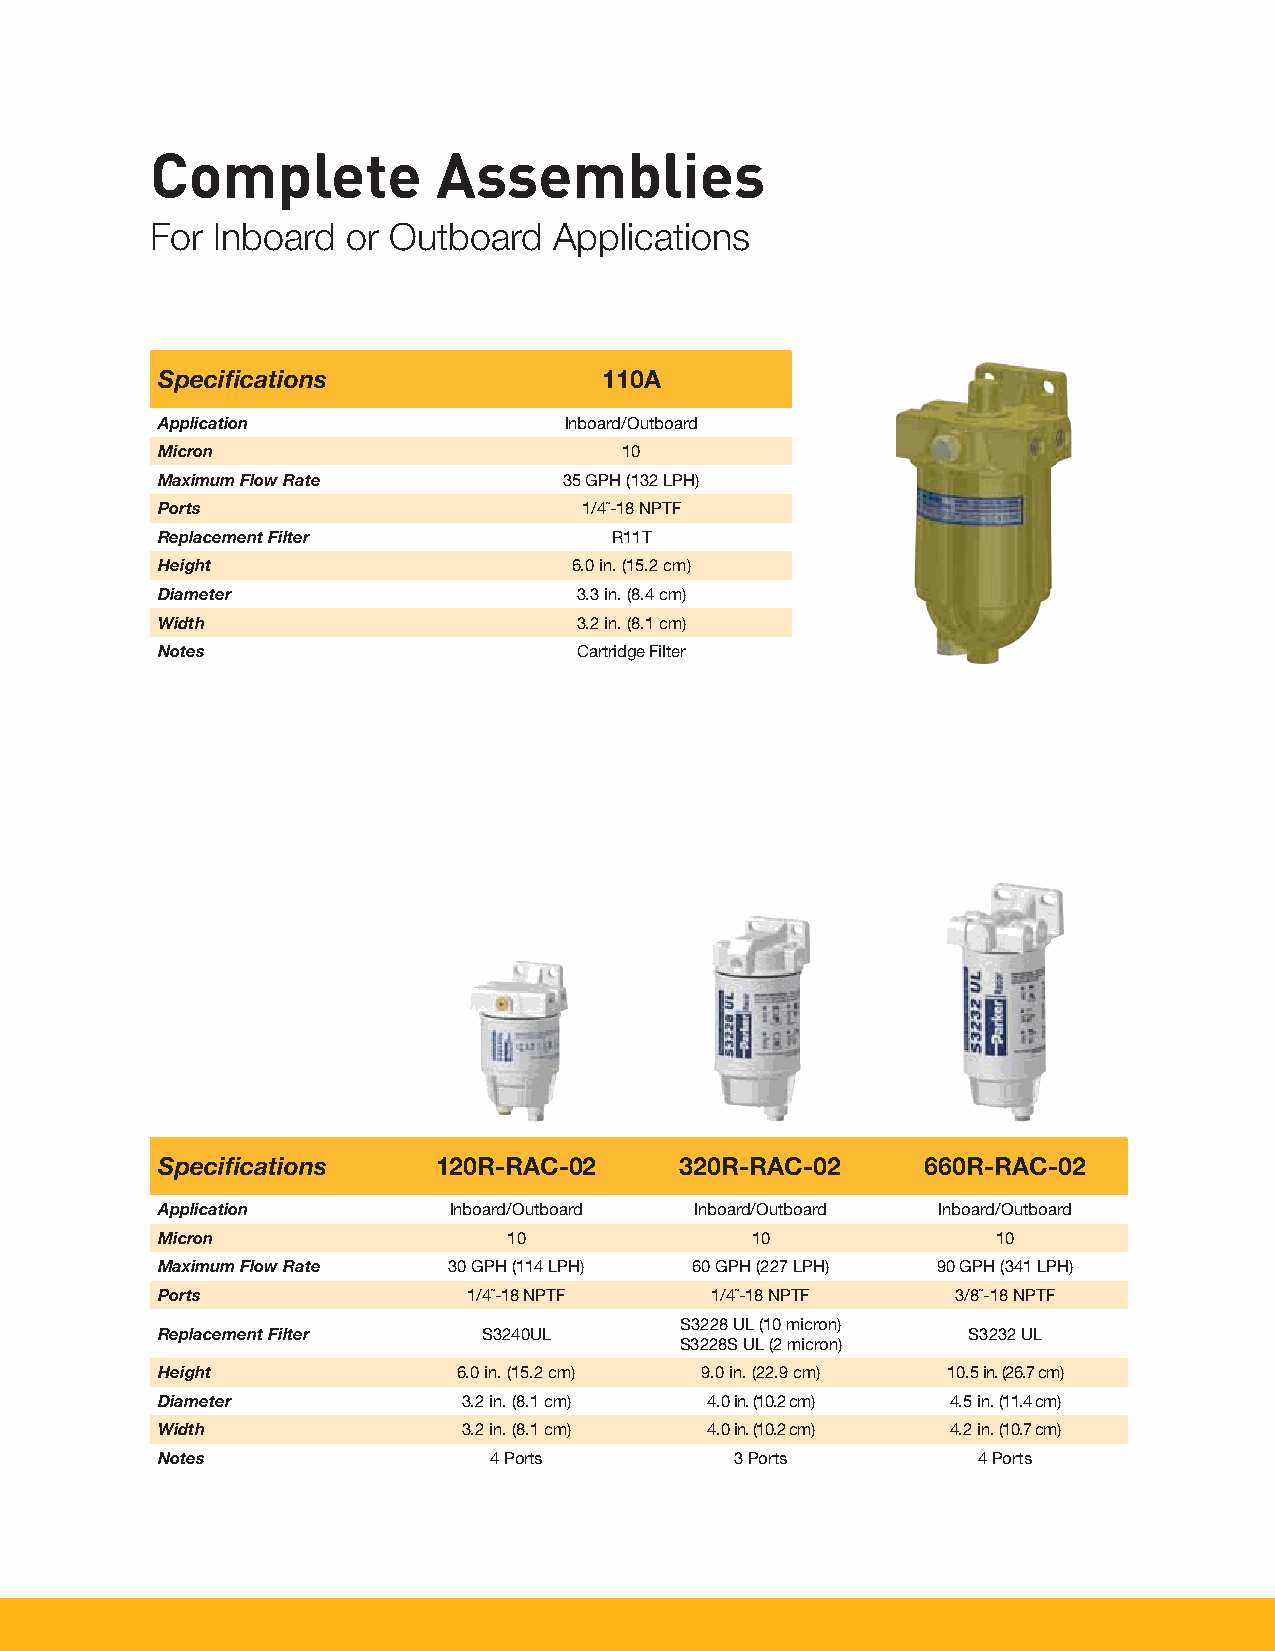
Complete           Assemblies
 For Inboard  or Outboard   Applications
 Specifications                110A
 Application                Inboard/Outboard
 Micron                         10
 Maximum Flow Rate          35 GPH (132 LPH)
 Ports                        1/4˝-18 NPTF
 Replacement Filter            R11T
 Height                      6.0 in. (15.2 cm)
 Diameter                    3.3 in. (8.4 cm)
 Width                       3.2 in. (8.1 cm)
 Notes                       Cartridge Filter
 Specifications     120R-RAC-02     320R-RAC-02     660R-RAC-02
 Application         Inboard/Outboard Inboard/Outboard Inboard/Outboard
 Micron                  10              10              10
 Maximum Flow Rate   30 GPH (114 LPH) 60 GPH (227 LPH) 90 GPH (341 LPH)
 Ports                1/4˝-18 NPTF    1/4˝-18 NPTF    3/8˝-18 NPTF
 S3228 UL (10 micron)
 Replacement Filter    S3240UL                         S3232 UL
 S3228S UL (2 micron)
 Height              6.0 in. (15.2 cm) 9.0 in. (22.9 cm) 10.5 in. (26.7 cm)
 Diameter             3.2 in. (8.1 cm) 4.0 in. (10.2 cm) 4.5 in. (11.4 cm)
 Width                3.2 in. (8.1 cm) 4.0 in. (10.2 cm) 4.2 in. (10.7 cm)
 Notes                 4 Ports          3 Ports         4 Ports